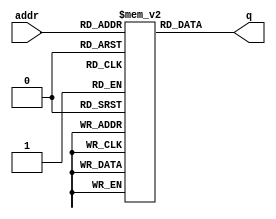
module tone_660_rom( addr, q );

  parameter DATA_WIDTH = 32;
  parameter ADDR_WIDTH = 7;
  
  input [(ADDR_WIDTH-1):0] addr;
  output [(DATA_WIDTH-1):0] q;
  
  // Declare the RAM variable
  reg [DATA_WIDTH-1:0] ram[2**ADDR_WIDTH-1:0];
  reg [ADDR_WIDTH-1:0] addr_reg;
  
  
  assign q = ram[addr];

endmodule